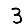
Digit: 3